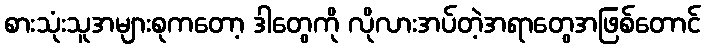
စားသုံးသူအများစုကတော့ ဒါတွေကို လိုလားအပ်တဲ့အရာတွေအဖြစ်တောင်